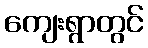
ကျေးရွာတွင်